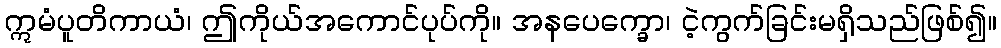
ဣမံပူတိကာယံ၊ ဤကိုယ်အကောင်ပုပ်ကို။ အနပေက္ခော၊ ငဲ့ကွက်ခြင်းမရှိသည်ဖြစ်၍။